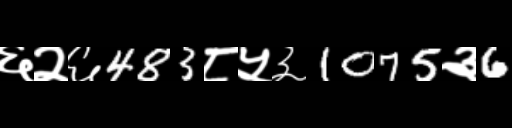
Text: ६२६483८५३1075३6